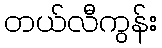
တယ်လီကွန်း